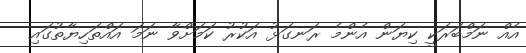
އެއް ނަމްބަރަކީ ކިޔަން އެންމެ ރަނގަޅު އަކުރު ކަމަށްވާ ނަމަ އައްތަހިޔާތުގައި